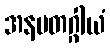
အနမတဂ္ဂါယံ